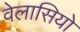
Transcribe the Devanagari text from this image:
वेलासियो